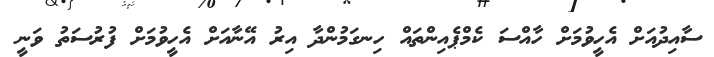
ސާއިދުއަށް އެހީވުމަށް ހާއްސަ ކެމްޕެއިންތައް ހިނގަމުންދާ އިރު އޭނާއަށް އެހީވުމަށް ފުރުސަތު ވަނީ